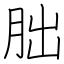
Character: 朏